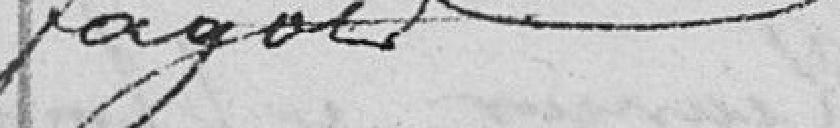
fagots